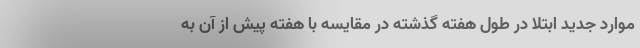
موارد جدید ابتلا در طول هفته گذشته در مقایسه با هفته پیش از آن به